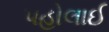
પહોલાઈ